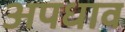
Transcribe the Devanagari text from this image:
अपधाव